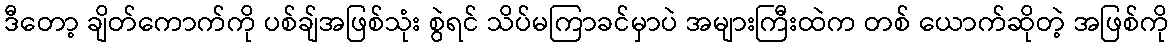
ဒီတော့ ချိတ်ကောက်ကို ပစ်ချ်အဖြစ်သုံး စွဲရင် သိပ်မကြာခင်မှာပဲ အများကြီးထဲက တစ် ယောက်ဆိုတဲ့ အဖြစ်ကို